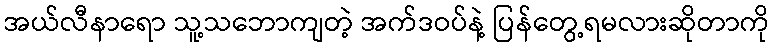
အယ်လီနာရော သူ့သဘောကျတဲ့ အက်ဒဝပ်နဲ့ ပြန်တွေ့ရမလားဆိုတာကို